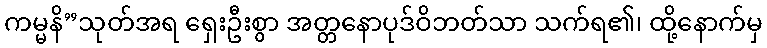
ကမ္မနိ”သုတ်အရ ရှေးဦးစွာ အတ္တနောပုဒ်ဝိဘတ်သာ သက်ရ၏၊ ထို့နောက်မှ